Report of an investigation into the causes of the diseases known in Assam as Kála-Azár and Beri-Beri
Disease focus: Beri-Beri
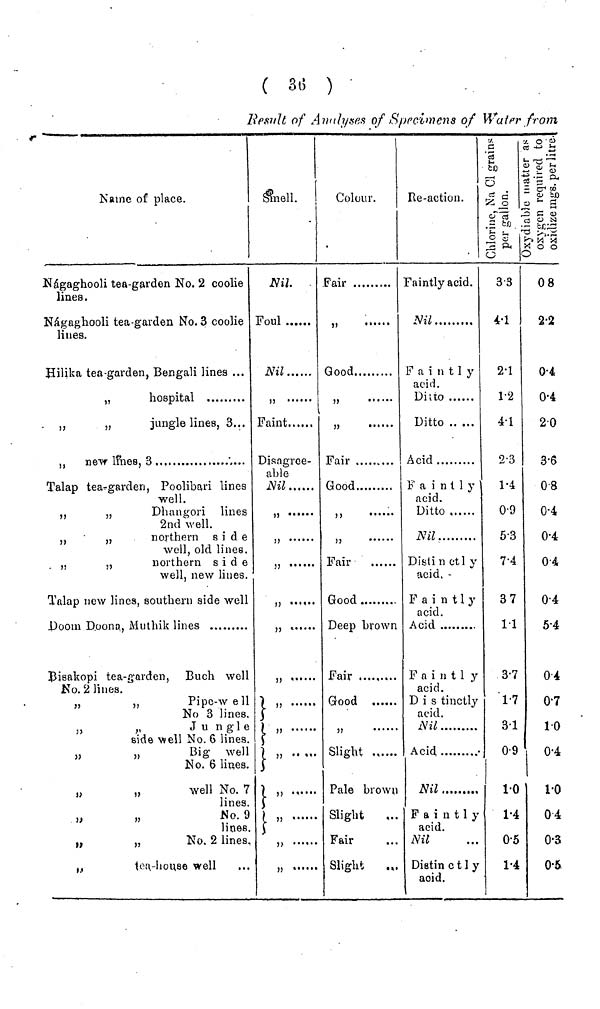
( 3 ( ; )
Result of Annlyses of Supcimens of Water from
Name of place.
Nágaghooli tea-garden No. 2 coolie
lines.
Nágaghooli tea-garden No. 3 coolie
lines.
Hililika tea-garden, Bengali lines ...
,,
hospital
„
„
jungle lines, 3...
,,
new lines, 3
Talap tea-garden, Poolibari lines
well.
,,
Dhaniijori lines
2nd well.
,,
„
northern side
well, old lines.
„
„
northern side
well, new lines.
Talap new lines, southern side well
Bisakopi tea-garden, Buch well
No. 2 lines.
,,
,,
Pipc·w e 11
No 3 lines.
„
„
Jungle
side well No. 6 lines.
„
„
Big well
No. 6 Hues.
„
„
well No. 7
lines.
»
„
No. 9
lines.
„
,,
No. 2 lines.
„
tou.-house well
Smell.
Nil.
Foul
Nil
Faint
Disagree-
able
Nil
Colour.
Fair
"
...
Good
»
Fair
Good
π
υ
Fair
Good
Deep brown
Fair
Good
»
Slight
Pale brown
Slight
Fair
Slight
Re·action.
Faintly acid.
Nil
Faintly
acid.
Dilto
Ditto
Acid
Fa i n t 1 y
acid.
Ditto
Nil
Disii η ctl y
acid,
Faintly
acid.
Acid
F a i η t 1 y
acid.
D i s tinctly
acid.
Nil
Acid
Nil
Faintly
acid.
Nil
Dietin c 1 1 y
aoid.
3·3
4·1
2·1
1·2
4·1
2·3
1·4
0·9
5·3
7·4
37
1·1
3·7
1·7
3·1
0·9
1·0
1·4
0·5
1·4
0·8
2·2
0·4
0·4
2·0
3·6
08
0·4
0·4
0·4
0·4
5·4
0·4
0·7
1·0
0·4
1·0
04
0·3
0·5